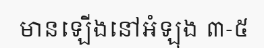
មានឡើងនៅអំឡុង ៣-៥